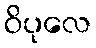
ဝိပုလေ